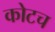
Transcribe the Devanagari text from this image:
कोटच